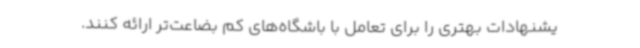
یشنهادات بهتری را برای تعامل با باشگاه‌های کم بضاعت‌تر ارائه کنند.